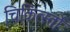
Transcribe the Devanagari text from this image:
चिकित्स्तों